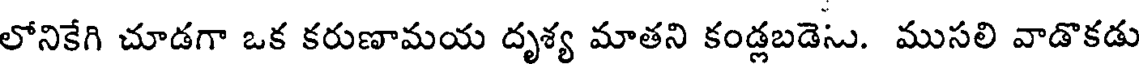
లోనికేగి చూడగా ఒక కరుణామయ దృశ్య మాతని కండ్లబడెసు. ముసలి వాడొకడు